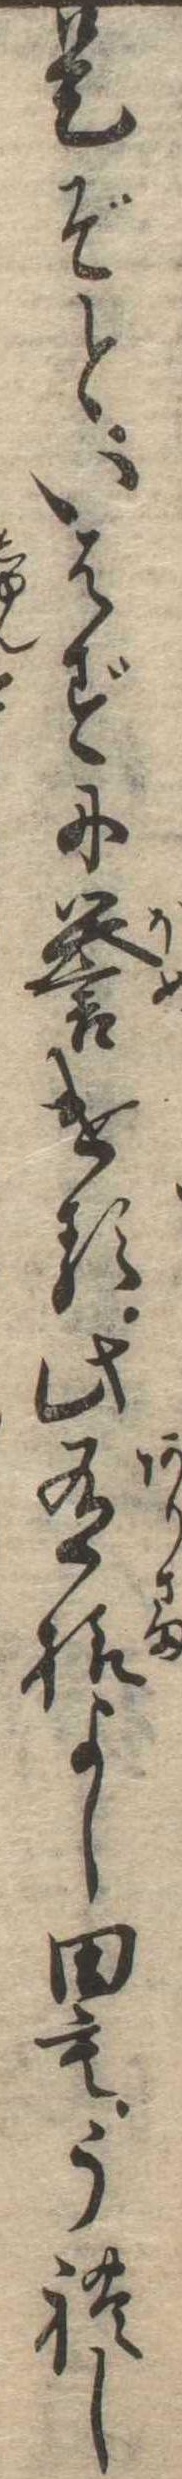
是ぞといはずに誉ける此有様よし田もうれし